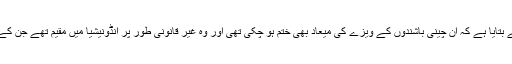
تفصیلات کے مطابق مقامی پولیس انتظامیہ نے بتایا ہے کہ ان چینی باشندوں کے ویزے کی میعاد بھی ختم ہو چکی تھی اور وہ غیر قانونی طور پر انڈونیشیا میں مقیم تھے جن کے بارے میں اب تحقیقات چینی حکام کریں گے۔